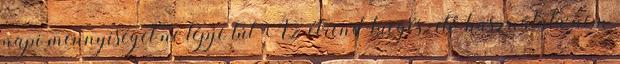
napi mennyiséget ne lépje túl Az étrend-kiegészítő használata nem